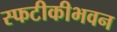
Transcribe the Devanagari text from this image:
स्फटीकीभवन